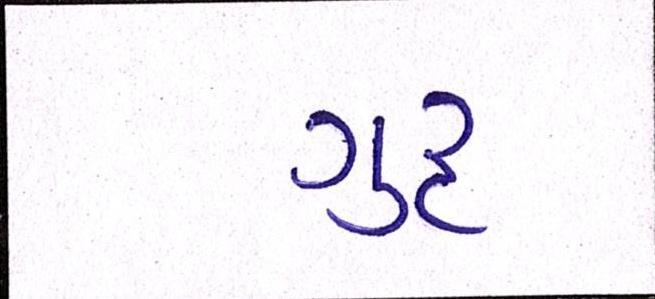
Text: ગુરૃ